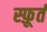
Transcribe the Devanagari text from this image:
स्फ़ूर्त